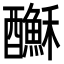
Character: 𨣺